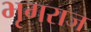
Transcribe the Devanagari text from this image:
भृगराज